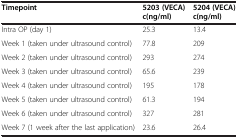
| Timepoint | 5203 (VECA) c(ng/ml) | 5204 (VECA) c(ng/ml) |
 | --- | --- | --- |
 | Intra OP (day 1) | 25.3 | 13.4 |
 | Week 1 (taken under ultrasound control) | 77.8 | 209 |
 | Week 2 (taken under ultrasound control) | 293 | 274 |
 | Week 3 (taken under ultrasound control) | 65.6 | 239 |
 | Week 4 (taken under ultrasound control) | 195 | 178 |
 | Week 5 (taken under ultrasound control) | 61.3 | 194 |
 | Week 6 (taken under ultrasound control) | 327 | 281 |
 | Week 7 (1 week after the last application) | 23.6 | 26.4 |